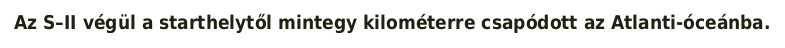
Az S–II végül a starthelytől mintegy kilométerre csapódott az Atlanti-óceánba.